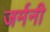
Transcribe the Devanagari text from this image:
जर्मनी